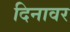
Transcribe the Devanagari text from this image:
दिनावर